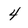
Character: 4